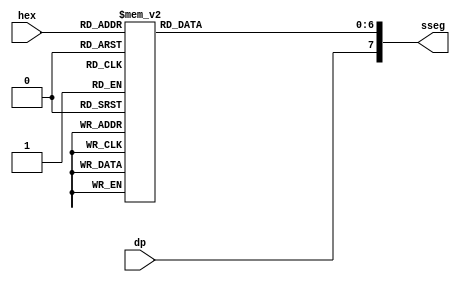
module hex_to_sseg
    (
        input wire [3:0] hex,   // Hex number
        input wire dp,          // Decimal point
        
        output reg [7:0] sseg   // Segments - Output active Low
    );

    always @(*) 
    begin
        case(hex)
            4'h0: sseg[6:0] = 7'b0000001;
            4'h1: sseg[6:0] = 7'b1001111;
            4'h2: sseg[6:0] = 7'b0010010;
            4'h3: sseg[6:0] = 7'b0000110;
            4'h4: sseg[6:0] = 7'b1001100;
            4'h5: sseg[6:0] = 7'b0100100;
            4'h6: sseg[6:0] = 7'b0100000;
            4'h7: sseg[6:0] = 7'b0001111;
            4'h8: sseg[6:0] = 7'b0000000;
            4'h9: sseg[6:0] = 7'b0000100;
            4'ha: sseg[6:0] = 7'b0001000;
            4'hb: sseg[6:0] = 7'b1100000;
            4'hc: sseg[6:0] = 7'b0110001;
            4'hd: sseg[6:0] = 7'b1000010;
            4'he: sseg[6:0] = 7'b0111000;
            default: sseg[6:0] = 7'b0111000; // 4'hf
        endcase
        sseg[7] = dp;   // MSB of output connected to dp
    end

endmodule